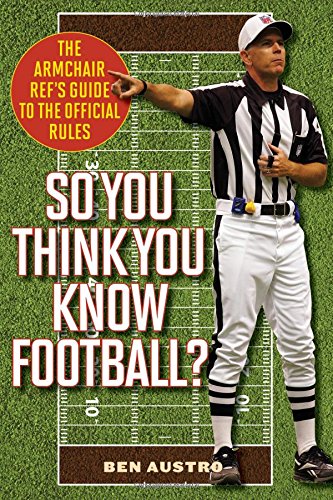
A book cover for So You Think You Know Football?: The Armchair Ref's Guide to the Official Rules; Ben Austro; Humor & Entertainment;